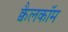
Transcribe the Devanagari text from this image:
क्वैलकॉम